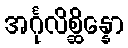
အင်္ဂုလိစ္ဆိန္နော